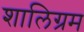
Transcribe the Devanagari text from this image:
शालिग्रम